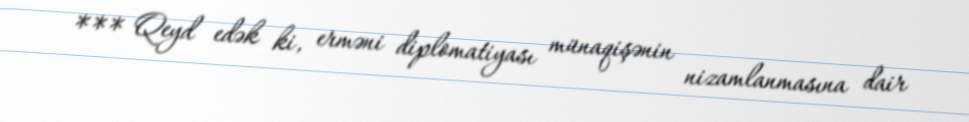
*** Qeyd edək ki, erməni diplomatiyası münaqişənin nizamlanmasına dair